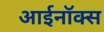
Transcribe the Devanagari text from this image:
आईनॉक्स